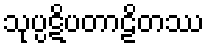
သုပ္ပဋိပတာဠိတဿ